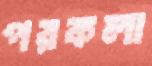
পরকলা